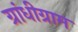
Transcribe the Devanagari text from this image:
ग्रांधीग्राम